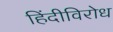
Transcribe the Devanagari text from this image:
हिंदीविरोध